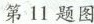
第11题图